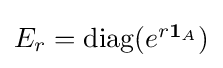
{\textstyle E_{r}={\text{diag}}(e^{r\mathbf {1} _{A}})}